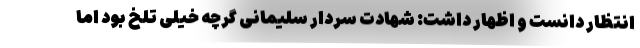
انتظار دانست و اظهار داشت: شهادت سردار سلیمانی گرچه خیلی تلخ بود اما